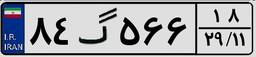
۸۴گ۵۶۶۱۸